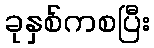
ခုနှစ်ကစပြီး